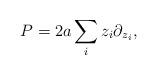
LaTeX: \begin{align*}P = 2 a \sum_i z_i \partial_{z_i}, \end{align*}